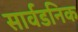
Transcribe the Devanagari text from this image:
सार्वडनिक